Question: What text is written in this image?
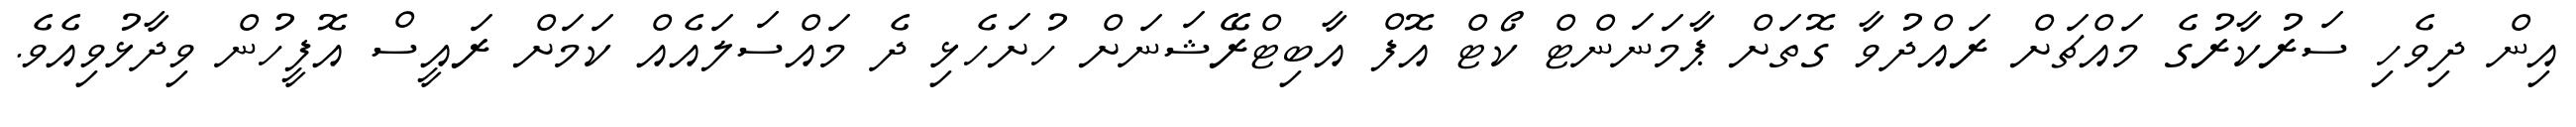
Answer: އިން ދިވެހި ސަރުކާރުގެ މައްޗަށް ރައްދުވާ ގޮތަށް ޕާމަނަންޓް ކޯޓް އޮފް އާބިޓްރޭޝަނަށް ހުށަހެޅި ދެ މައްސަލައެއް ކަމަށް ރައީސް އޮފީހުން ވިދާޅުވިއެވެ.